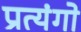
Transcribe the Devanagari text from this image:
प्रत्यंगो